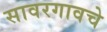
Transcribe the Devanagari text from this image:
सावरगावचे